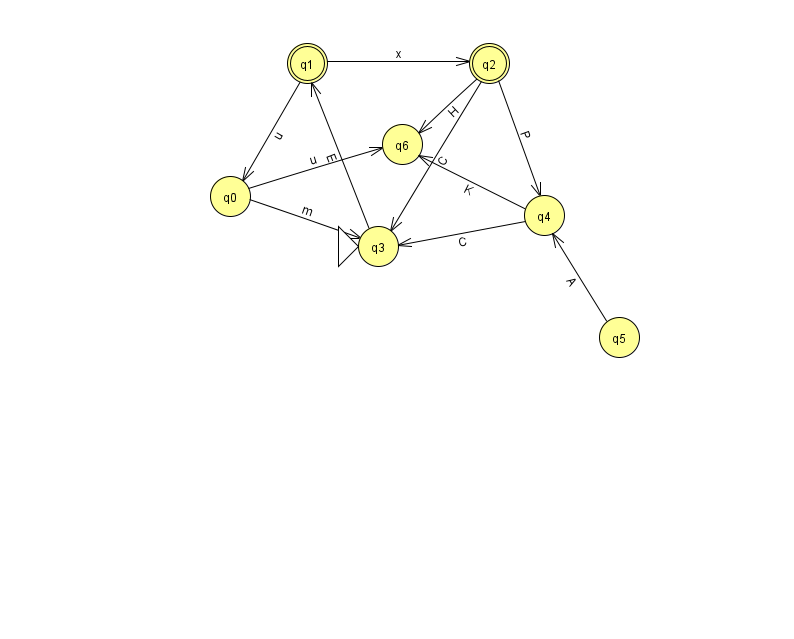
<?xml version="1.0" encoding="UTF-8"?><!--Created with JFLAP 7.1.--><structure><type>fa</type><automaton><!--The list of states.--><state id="0" name="q0"><x>230.0</x><y>183.0</y></state><state id="1" name="q1"><x>307.0</x><y>50.0</y><final/></state><state id="2" name="q2"><x>489.0</x><y>50.0</y><final/></state><state id="3" name="q3"><x>378.0</x><y>233.0</y><initial/></state><state id="4" name="q4"><x>544.0</x><y>202.0</y></state><state id="5" name="q5"><x>619.0</x><y>324.0</y></state><state id="6" name="q6"><x>402.0</x><y>131.0</y></state><!--The list of transitions.--><transition><from>1</from><to>2</to><read>x</read></transition><transition><from>2</from><to>3</to><read>C</read></transition><transition><from>5</from><to>4</to><read>A</read></transition><transition><from>2</from><to>6</to><read>H</read></transition><transition><from>4</from><to>3</to><read>C</read></transition><transition><from>2</from><to>4</to><read>P</read></transition><transition><from>4</from><to>6</to><read>K</read></transition><transition><from>0</from><to>3</to><read>m</read></transition><transition><from>0</from><to>6</to><read>u</read></transition><transition><from>1</from><to>0</to><read>u</read></transition><transition><from>3</from><to>1</to><read>E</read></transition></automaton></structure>